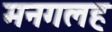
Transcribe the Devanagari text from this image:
मनगलह